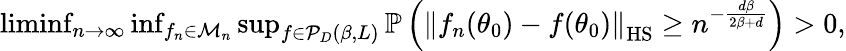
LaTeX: \begin{array}{r}{\operatorname*{liminf}_{n\to\infty}\operatorname*{inf}_{f_{n}\in\mathcal{M}_{n}}\operatorname*{sup}_{f\in{\cal P}_{D}(\beta,L)}\mathbb{P}\left(\left\| f_{n}(\theta_{0})-f(\theta_{0})\right\| _{\mathrm{HS}}\ge n^{-\frac{d\beta}{2\beta+d}}\right)>0,}\end{array}